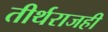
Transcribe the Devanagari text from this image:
तीर्थराजही